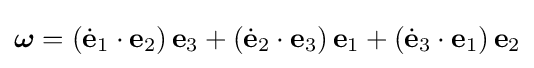
{\boldsymbol {\omega }}=\left({\dot {\mathbf {e} }}_{1}\cdot \mathbf {e} _{2}\right)\mathbf {e} _{3}+\left({\dot {\mathbf {e} }}_{2}\cdot \mathbf {e} _{3}\right)\mathbf {e} _{1}+\left({\dot {\mathbf {e} }}_{3}\cdot \mathbf {e} _{1}\right)\mathbf {e} _{2}